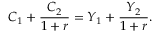
C _ { 1 } + { \frac { C _ { 2 } } { 1 + r } } = Y _ { 1 } + { \frac { Y _ { 2 } } { 1 + r } } .